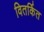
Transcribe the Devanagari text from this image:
वितर्कित